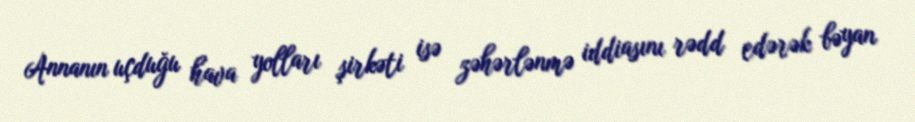
Annanın uçduğu hava yolları şirkəti isə zəhərlənmə iddiasını rədd edərək bəyan